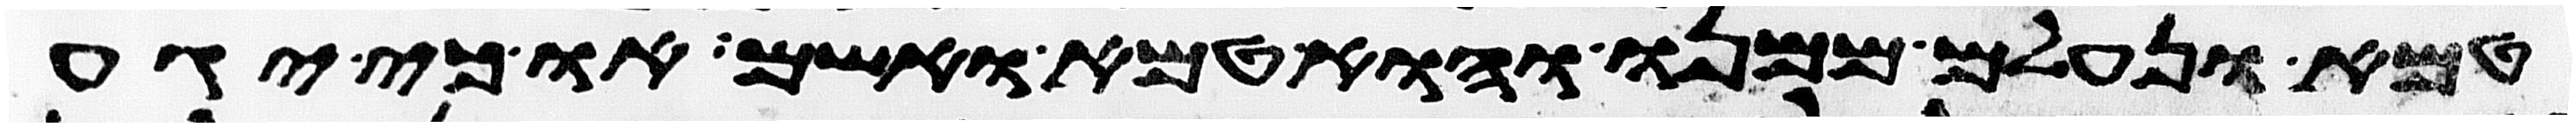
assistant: טמא ונעלם ממנו והוא טמא ואשם או כי יגע